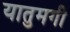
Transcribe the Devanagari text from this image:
यातुमगी